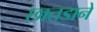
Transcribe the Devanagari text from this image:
छातडाने